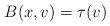
LaTeX: \begin{align*} B(x,v)=\tau(v) \end{align*}